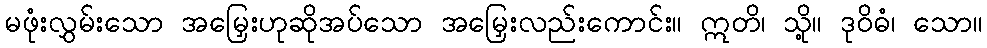
မဖုံးလွှမ်းသော အမြှေးဟုဆိုအပ်သော အမြှေးလည်းကောင်း။ ဣတိ၊ သို့။ ဒုဝိဓံ၊ သော။